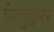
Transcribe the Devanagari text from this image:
हेलुईस